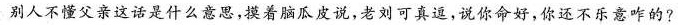
别人不懂父亲这话是什么意思，摸着脑瓜皮说，老刘可真逗，说你命好，你还不乐意咋的?